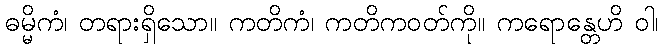
ဓမ္မိကံ၊ တရားရှိသော။ ကတိကံ၊ ကတိကဝတ်ကို။ ကရောန္တေဟိ ဝါ၊